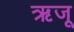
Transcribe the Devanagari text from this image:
ऋजू